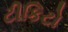
ટીકિટો